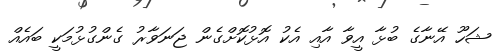
ޝަހޫ އޭނާގެ ބުޅާ އީވާ އާއި އެކު އޮޅުކޮށްގެން ޖަނަވާރު ގެންގުޅުމަކީ ބައެއް